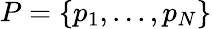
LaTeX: P=\{ p_{1},...,p_{N}\}